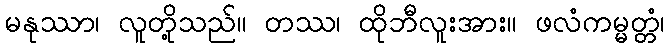
မနုဿာ၊ လူတို့သည်။ တဿ၊ ထိုဘီလူးအား။ ဖလံကမ္မတ္တံ၊